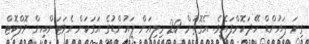
ގިނަ ޕައުންޑް ހޭދަކޮށްފައެވެ. އެގޮތުން 20 މިލިއަން ޕައުންޑުގެ އަގަކަށް އެވަޓަންއިން ވޮލްކޮޓް